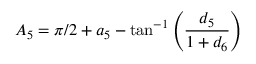
{ A _ { 5 } } = \pi / 2 + { a _ { 5 } } - \tan ^ { - 1 } \left( \frac { d _ { 5 } } { 1 + d _ { 6 } } \right)